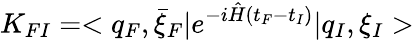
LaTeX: K_{FI}=<q_{F},\bar{\xi}_{F}\vert e^{-i\hat{H}(t_{F}-t_{I})}\vert q_{I},\xi_{I}>